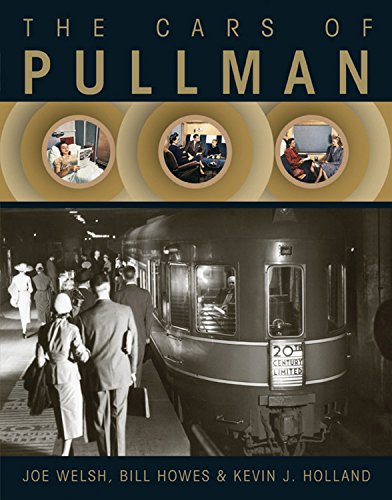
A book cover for The Cars of Pullman; Joe Welsh; Engineering & Transportation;